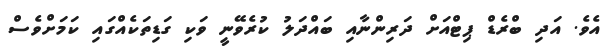
އެވެ. އަދި ބްރެޑް ޕިޓްއަށް ދަރިންނާއި ބައްދަލު ކުރެވޭނީ ވަކި ގަޑިތަކެއްގައި ކަމަށްވެސް